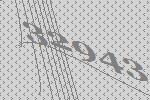
32943